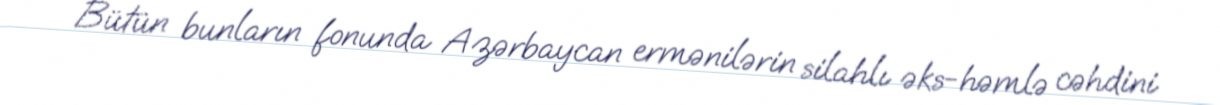
Bütün bunların fonunda Azərbaycan ermənilərin silahlı əks-həmlə cəhdini